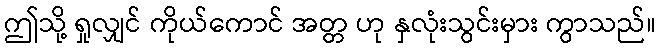
ဤသို့ ရှုလျှင် ကိုယ်ကောင် အတ္တ ဟု နှလုံးသွင်းမှား ကွာသည်။